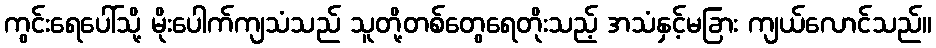
ကွင်းရေပေါ်သို့ မိုးပေါက်ကျသံသည် သူတို့တစ်တွေရေတိုးသည့် အသံနှင့်မခြား ကျယ်လောင်သည်။